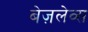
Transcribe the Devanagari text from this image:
बेज़लेव्स